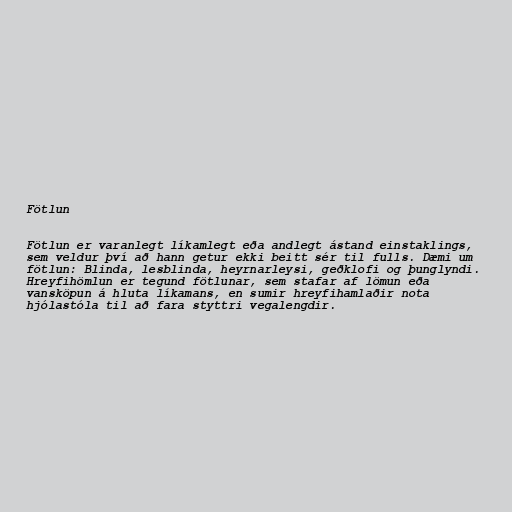
Fötlun

Fötlun er varanlegt líkamlegt eða andlegt ástand einstaklings,
sem veldur því að hann getur ekki beitt sér til fulls. Dæmi um
fötlun: Blinda, lesblinda, heyrnarleysi, geðklofi og þunglyndi.
Hreyfihömlun er tegund fötlunar, sem stafar af lömun eða
vansköpun á hluta líkamans, en sumir hreyfihamlaðir nota
hjólastóla til að fara styttri vegalengdir.